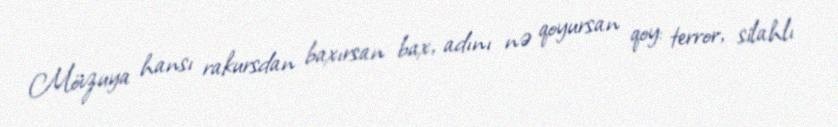
Mövzuya hansı rakursdan baxırsan bax, adını nə qoyursan qoy: terror, silahlı